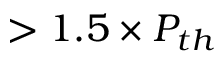
> 1 . 5 \times P _ { t h }